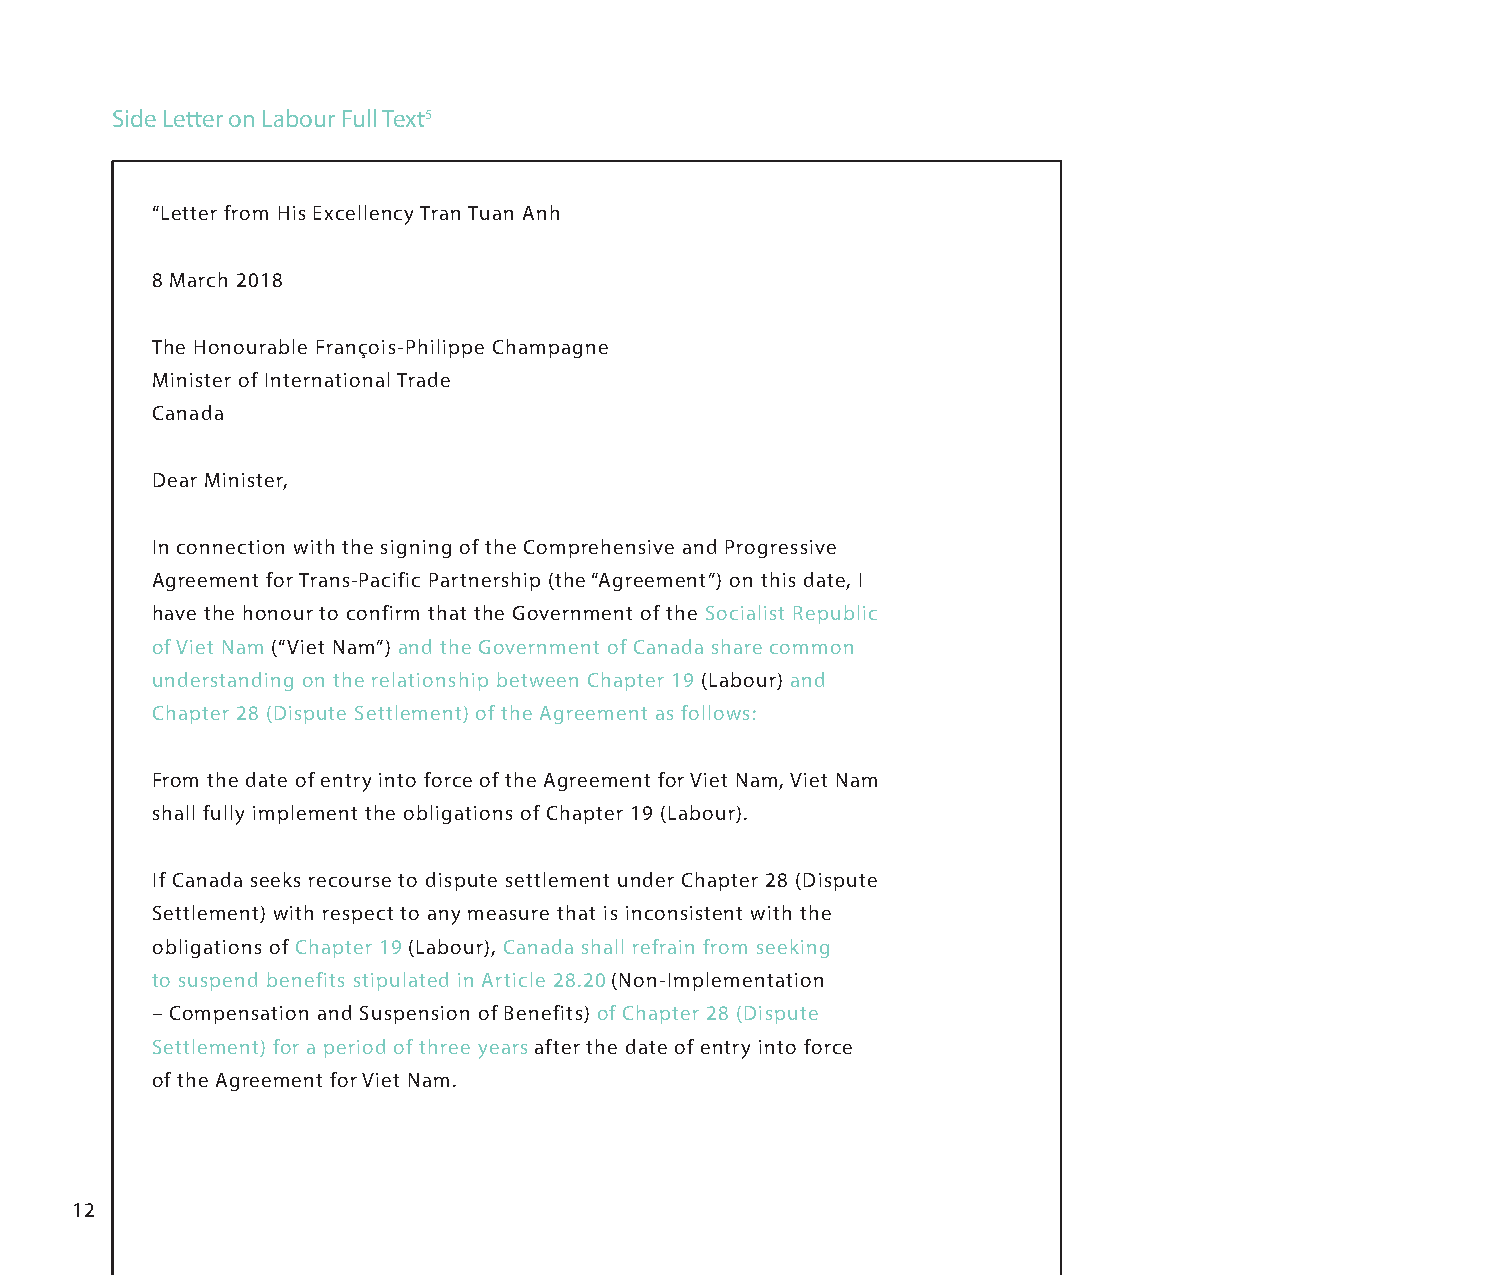
Side Letter on Labour Full Text5
 “Letter from His Excellency Tran Tuan Anh
 8 March 2018
 The Honourable François-Philippe Champagne
 Minister of International Trade
 Canada
 Dear Minister,
 In connection with the signing of the Comprehensive and Progressive
 Agreement for Trans-Pacific Partnership (the “Agreement”) on this date, I
 have the honour to confirm that the Government of the Socialist Republic
 of Viet Nam (“Viet Nam”) and the Government of Canada share common
 understanding on the relationship between Chapter 19 (Labour) and
 Chapter 28 (Dispute Settlement) of the Agreement as follows:
 From the date of entry into force of the Agreement for Viet Nam, Viet Nam
 shall fully implement the obligations of Chapter 19 (Labour).
 If Canada seeks recourse to dispute settlement under Chapter 28 (Dispute
 Settlement) with respect to any measure that is inconsistent with the
 obligations of Chapter 19 (Labour), Canada shall refrain from seeking
 to suspend benefits stipulated in Article 28.20 (Non-Implementation
 – Compensation and Suspension of Benefits) of Chapter 28 (Dispute
 Settlement) for a period of three years after the date of entry into force
 of the Agreement for Viet Nam.
 12